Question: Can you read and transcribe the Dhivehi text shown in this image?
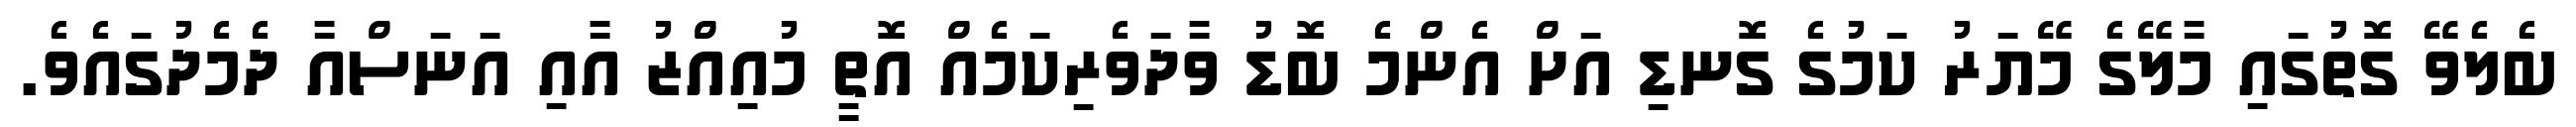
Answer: ބެލެވޭ ގޮތުގައި މާލޭގެ މޭޔަރު ކަމުގެ ގޮނޑި އަށް އެންމެ ބޮޑު ވާދަވެރިކަމެއް އޮތީ މުއިއްޒު އާއި އަނަސްއާ ދެމެދުގައެވެ.